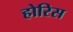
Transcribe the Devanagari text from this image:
होरिस